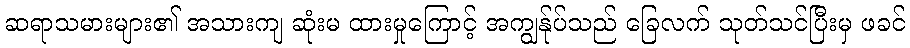
ဆရာသမားများ၏ အသားကျ ဆုံးမ ထားမှုကြောင့် အကျွန်ုပ်သည် ခြေလက် သုတ်သင်ပြီးမှ ဖခင်